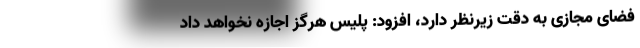
فضای مجازی به دقت زیرنظر دارد، افزود: پلیس هرگز اجازه نخواهد داد